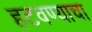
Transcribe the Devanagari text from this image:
हटवण्याचा